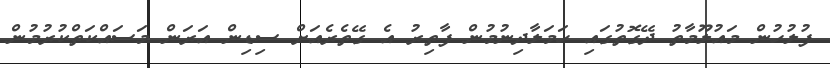
ފުލުހުން މައުލޫމާތު ދޭގޮތުގައި ހަމަލާދިނުމުން ފާތިރު އެ ގޭތެރެއަށް ސިޑިން އަރަން މަސައްކަތްކުރުމުން